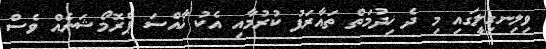
ވިލިނގިލީގައި މި ދެ ޚިދުމަތް ތައާރަފު ކުރުމާއި އެކު ޚާއްސަ ޕްރޮމޯޝަނެއް ވެސް